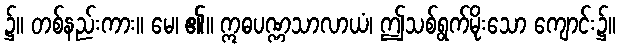
၌။ တစ်နည်းကား။ မေ၊ ၏။ ဣဓပဏ္ဏသာလာယံ၊ ဤသစ်ရွက်မိုးသော ကျောင်း၌။